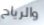
والرياح